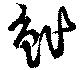
鮓